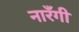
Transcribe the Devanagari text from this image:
नारँगी